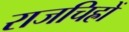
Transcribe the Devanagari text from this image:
राजचिह्रों